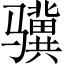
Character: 骥